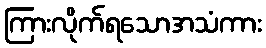
ကြားလိုက်ရသောအသံကား